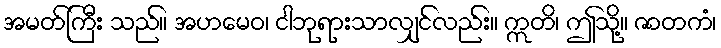
အမတ်ကြီး သည်။ အဟမေဝ၊ ငါဘုရားသာလျှင်လည်း။ ဣတိ၊ ဤသို့။ ဇာတကံ၊